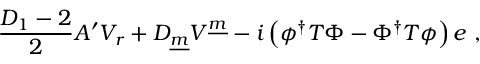
\frac { D _ { 1 } - 2 } { 2 } A ^ { \prime } V _ { r } + D _ { \underline { { m } } } V ^ { \underline { { m } } } - i \left( \phi ^ { \dagger } T \Phi - \Phi ^ { \dagger } T \phi \right) e ~ ,